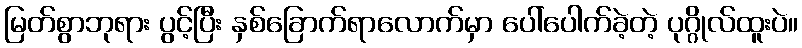
မြတ်စွာဘုရား ပွင့်ပြီး နှစ်ခြောက်ရာလောက်မှာ ပေါ်ပေါက်ခဲ့တဲ့ ပုဂ္ဂိုလ်ထူးပဲ။